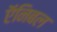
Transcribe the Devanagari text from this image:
ऍनिबल